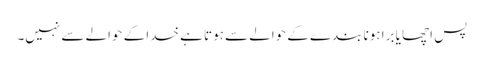
پس اچھا یا برا ہونا بندے کے حوالے سے ہوتا ہے خدا کے حوالے سے نہیں۔